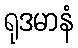
ရုဒမာနံ